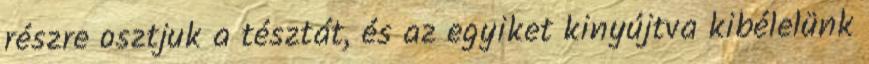
részre osztjuk a tésztát, és az egyiket kinyújtva kibélelünk